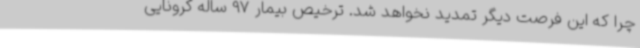
چرا که این فرصت دیگر تمدید نخواهد شد. ترخیص بیمار 97 ساله کرونایی